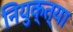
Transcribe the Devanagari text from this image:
नियुक्त्या